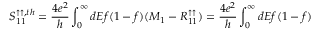
{ S _ { 1 1 } ^ { \uparrow \uparrow , t h } } = \frac { 4 e ^ { 2 } } { h } \int _ { 0 } ^ { \infty } d E f ( 1 - f ) ( M _ { 1 } - R _ { 1 1 } ^ { \uparrow \uparrow } ) = \frac { 4 e ^ { 2 } } { h } \int _ { 0 } ^ { \infty } d E f ( 1 - f )